Report of the King Institute of Preventive Medicine, Guindy
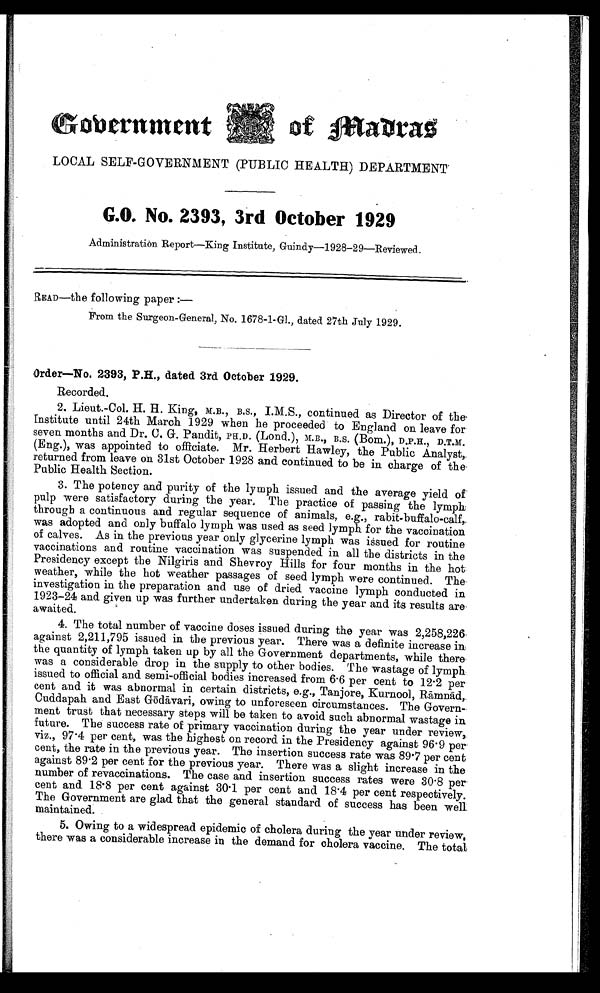
of Madras
LOCAL SELF-GOVERNMENT (PUBLIC HEALTH) DEPARTMENT
G.O. No. 2393, 3rd October 1929
Administration Report—King Institute, Guindy—1928-29—Reviewed.
READ—the following paper :—
From the Surgeon-General, No. 1678-1-G1., dated 27th July 1929.
Order—No. 2393, P.H., dated 3rd October 1929.
Recorded.
2. Lieut.-Col. H H. King, M.B., B.S., I.M.S., continued as Director of the
Institute until 24th March 1929 when he proceeded to England on leave for
seven months and Dr. C. G. Pandit, PH.D. (Lond.), M.B., B.S. (Bom.), D.P.H., D.T.M.
(Eng.), was appointed to officiate. Mr. Herbert Hawley, the Public Analyst,.
returned from leave on 31st October 1928 and continued to be in charge of the.
Public Health section.
3. The potency and purity of the lymph issued and the average yield of
pulp were satisfactory during the year. The practice of passing the lymph
through a continuous and regular sequence of animals, e.g., rabit-buffalo-calf,
was adopted and only buffalo lymph was used as seed lymph for the vaccination
of calves. As in the previous year only glycerine lymph was issued for routine
vaccinations and routine vaccination was suspended in all the districts in the
Presidency except the Nilgiris and Shevroy Hills for four months in the hot
weather, while the hot weather passages of seed lymph were continued. The
investigation in the preparation and use of dried vaccine lymph conducted in
1923-24 and given up was further undertaken during the year and its results are
awaited.
4. The total number of vaccine doses issued during the year was 2,258,226.
against 2,211,795 issued in the previous year. There was a definite increase in
the quantity of lymph taken up by all the Government departments, while there
was a considerable drop in the supply to other bodies. The wastage of lymph
issued to official and semi-official bodies increased from 6.6 per cent to 12.2 per
cent and it was abnormal in certain districts, e.g., Tanjore, Kurnool, R ā mnā d,
Cuddapah and East G ō dā vari, owing to unforeseen circumstances. The Govern
- m e n t t r u s t t h a t n e c e s s a r y s t e p s w i l l b e t a k e n t o a v o i d s u c h a b n o r m a l w a s t a g e i n
future. The success rate of primary vaccination during the year under review,
viz., 97.4 per cent, was the highest on record in the Presidency against 96.9 per
cent, the rate in the previous year. The insertion success rate was 89.7 per cent
against 89.2 per cent for the previous year. There was a slight increase in the
number of revaccinations. The case and insertion success rates were 30.8 per-
cent and 18.8 per cent against 30.1 per cent and 18.4 per cent respectively.
The Government are glad that the general standard of success has been well
maintained.
5. Owing to a widespread epidemic of cholera during the year under review,
there was a considerable increase in the demand for cholera vaccine. The total